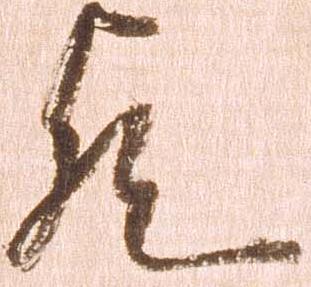
歟